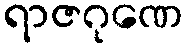
ရာဇဂုဏေ